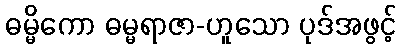
ဓမ္မိကော ဓမ္မရာဇာ-ဟူသော ပုဒ်အဖွင့်